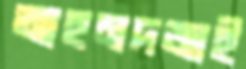
আহমদজাই